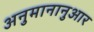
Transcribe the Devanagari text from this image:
अनुमानानुआर